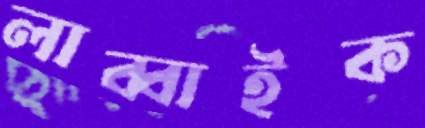
লাব্বাইক